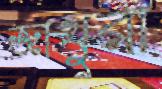
জাথুরা